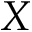
X